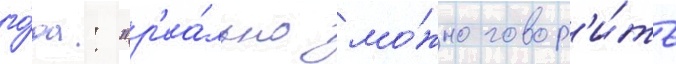
го́да: "р'еа́льно мо́жно говор'и́ть